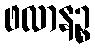
ဖလာနဉ္စ